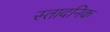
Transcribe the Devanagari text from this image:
स्तादनिक